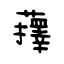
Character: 蘀